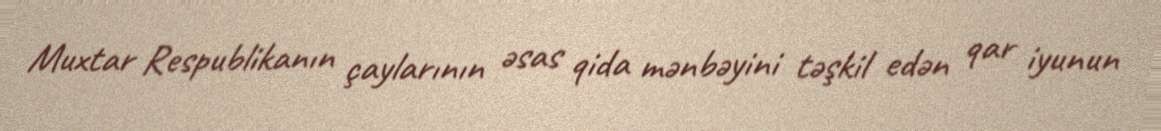
Muxtar Respublikanın çaylarının əsas qida mənbəyini təşkil edən qar iyunun